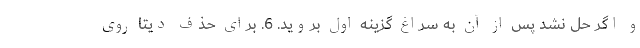
و اگر حل نشد پس از آن به سراغ گزینه اول بروید. 6. برای حذف دیتا روی